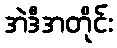
အဲဒီအတိုင်း